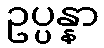
ဥပ္ပန္နာ